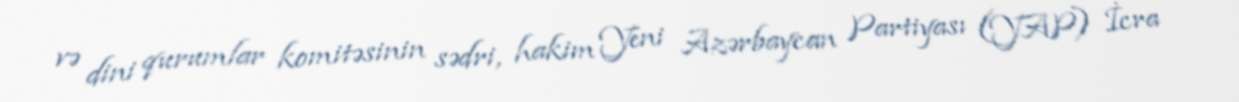
və dini qurumlar komitəsinin sədri, hakim Yeni Azərbaycan Partiyası (YAP) İcra